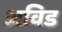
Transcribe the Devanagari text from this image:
अविड